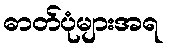
ဓာတ်ပုံများအရ